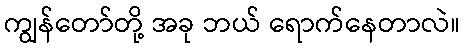
ကျွန်တော်တို့ အခု ဘယ် ရောက်နေတာလဲ။